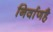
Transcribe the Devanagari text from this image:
निर्वाणहै